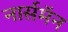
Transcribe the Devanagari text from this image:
नार्समॅन